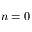
n = 0